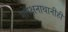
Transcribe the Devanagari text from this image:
गोरक्षनाथानीही